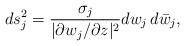
LaTeX: \begin{align*}ds^2_j=\frac{\sigma_j}{|\partial w_j/\partial z|^2} dw_j\,d\bar{w}_j,\end{align*}